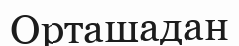
Орташадан